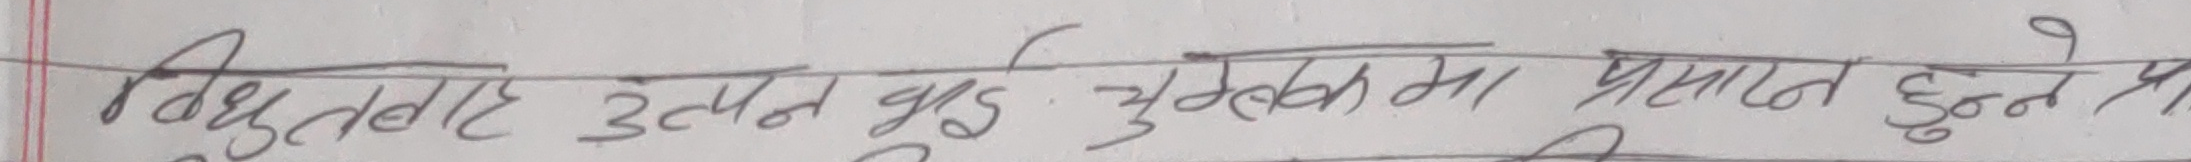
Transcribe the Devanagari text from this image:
विद्युतवाहक उत्पन्न हुने चुम्बकीय प्रभाव हुने